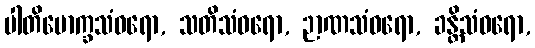
ပါတိမောက္ခသံဝရော, သတိသံဝရော, ဉာဏသံဝရော, ခန္တိသံဝရော,